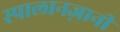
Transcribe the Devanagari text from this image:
स्पालानज़ानी